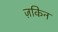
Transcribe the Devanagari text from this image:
ज़िंकिन